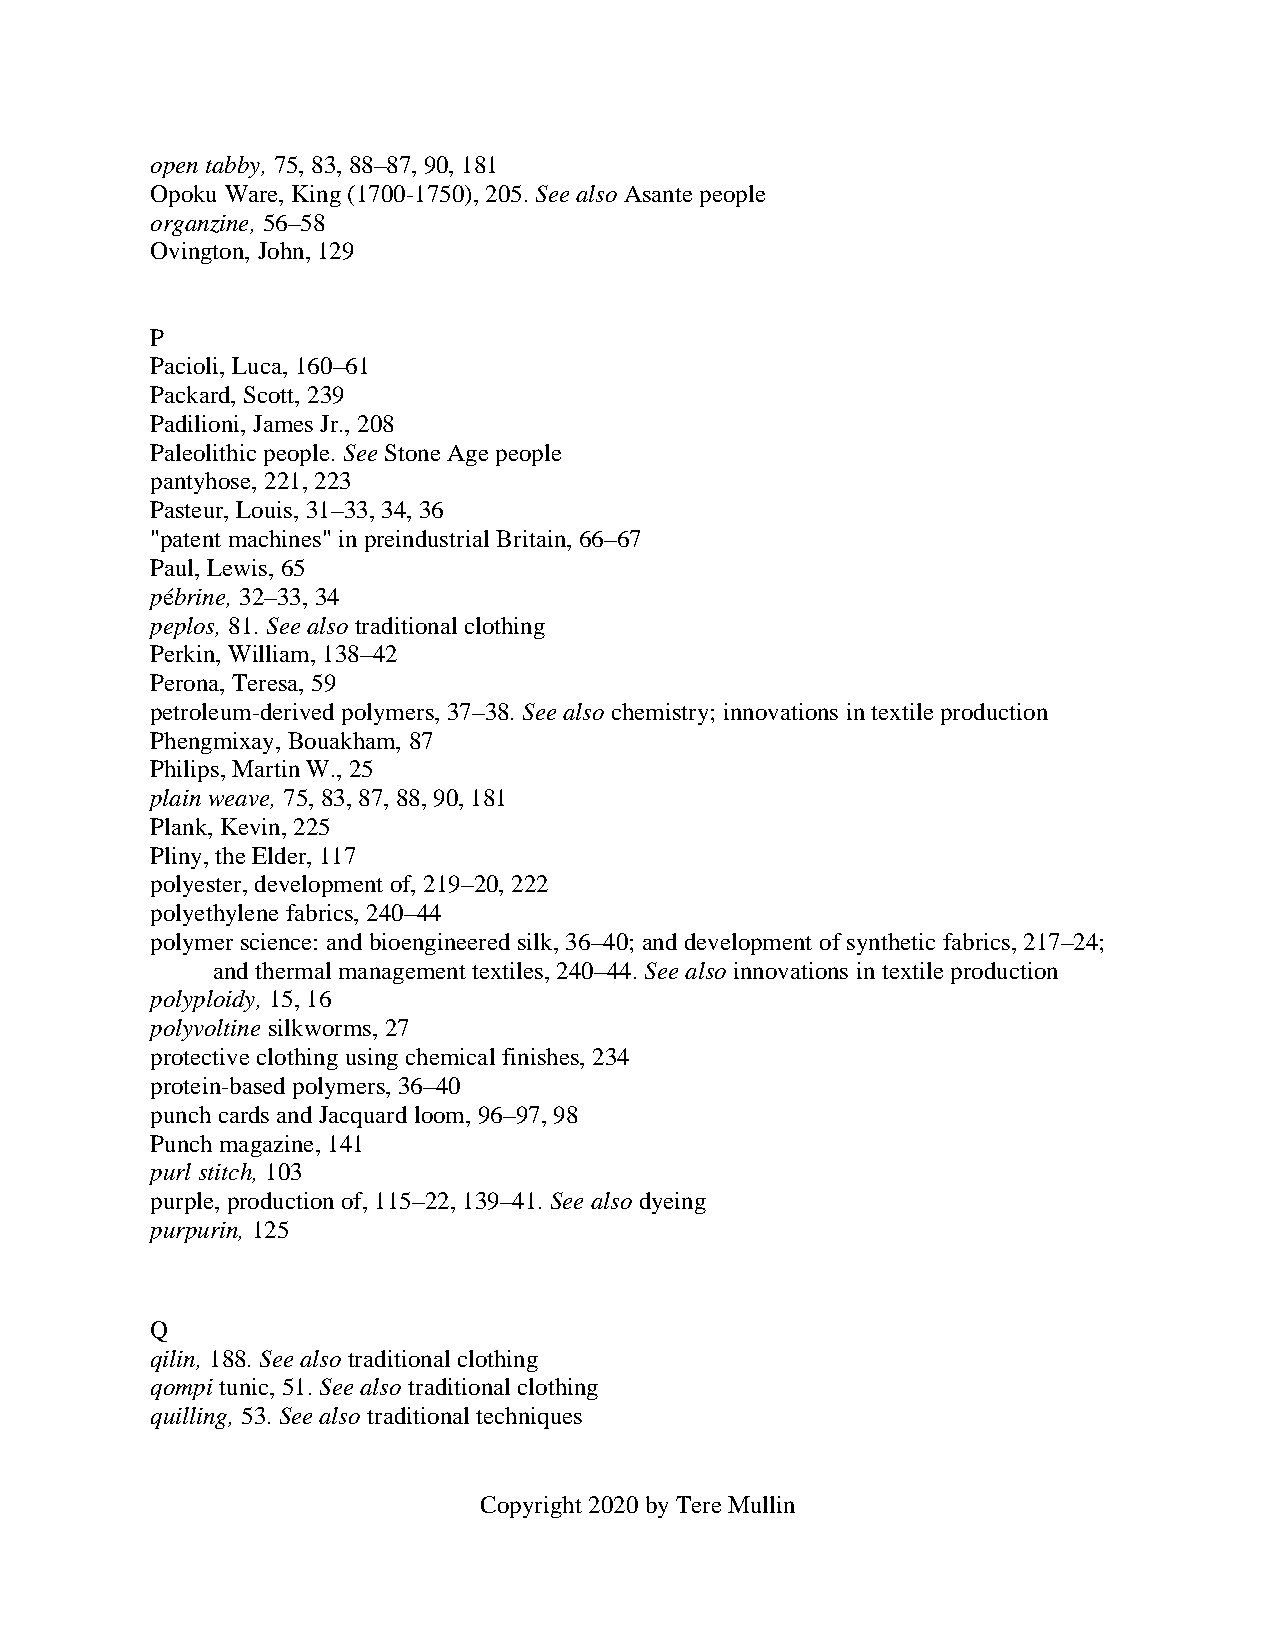
open tabby, 75, 83, 88–87, 90, 181
 Opoku Ware, King (1700-1750), 205. See also Asante people
 organzine, 56–58
 Ovington, John, 129
 P
 Pacioli, Luca, 160–61
 Packard, Scott, 239
 Padilioni, James Jr., 208
 Paleolithic people. See Stone Age people
 pantyhose, 221, 223
 Pasteur, Louis, 31–33, 34, 36
 "patent machines" in preindustrial Britain, 66–67
 Paul, Lewis, 65
 pébrine, 32–33, 34
 peplos, 81. See also traditional clothing
 Perkin, William, 138–42
 Perona, Teresa, 59
 petroleum-derived polymers, 37–38. See also chemistry; innovations in textile production
 Phengmixay, Bouakham, 87
 Philips, Martin W., 25
 plain weave, 75, 83, 87, 88, 90, 181
 Plank, Kevin, 225
 Pliny, the Elder, 117
 polyester, development of, 219–20, 222
 polyethylene fabrics, 240–44
 polymer science: and bioengineered silk, 36–40; and development of synthetic fabrics, 217–24;
 and thermal management textiles, 240–44. See also innovations in textile production
 polyploidy, 15, 16
 polyvoltine silkworms, 27
 protective clothing using chemical finishes, 234
 protein-based polymers, 36–40
 punch cards and Jacquard loom, 96–97, 98
 Punch magazine, 141
 purl stitch, 103
 purple, production of, 115–22, 139–41. See also dyeing
 purpurin, 125
 Q
 qilin, 188. See also traditional clothing
 qompi tunic, 51. See also traditional clothing
 quilling, 53. See also traditional techniques
 Copyright 2020 by Tere Mullin